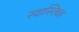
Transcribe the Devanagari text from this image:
स्वास्तिका